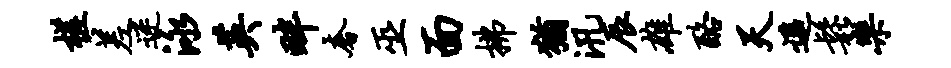
槎差迷泳英畔奢巫面拂犹汛辰雄酪天遥松乐